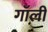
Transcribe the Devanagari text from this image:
गॉली